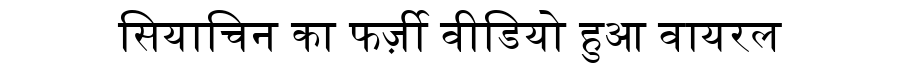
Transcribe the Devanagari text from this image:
सियाचिन का फर्ज़ी वीडियो हुआ वायरल